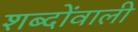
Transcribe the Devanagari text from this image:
शब्दोंवाली